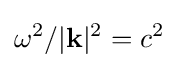
\omega ^{2}/|\mathbf {k} |^{2}=c^{2}